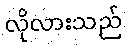
လိုလားသည်